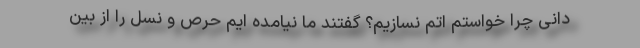
دانی چرا خواستم اتم نسازیم؟ گفتند ما نیامده ایم حرص و نسل را از بین